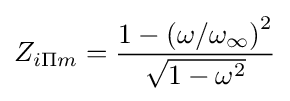
Z_{i\Pi m}={\frac {1-\left(\omega /\omega _{\infty }\right)^{2}}{\sqrt {1-\omega ^{2}}}}